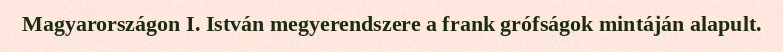
Magyarországon I. István megyerendszere a frank grófságok mintáján alapult.